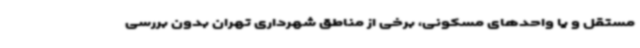
مستقل و یا واحدهای مسکونی، برخی از مناطق شهرداری تهران بدون بررسی